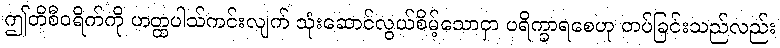
ဤတိစီဝရိက်ကို ဟတ္ထပါသ်ကင်းလျက် သုံးဆောင်လွယ်စိမ့်သောငှာ ပရိက္ခာရစေဟု တပ်ခြင်းသည်လည်း